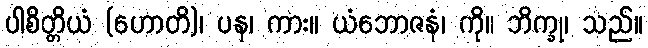
ပါစိတ္တိယံ (ဟောတိ)၊ ပန၊ ကား။ ယံဘောဇနံ၊ ကို။ ဘိက္ခု၊ သည်။